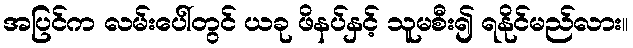
အပြင်က လမ်းပေါ်တွင် ယခု ဖိနပ်နှင့် သူမစီး၍ ရနိုင်မည်လား။